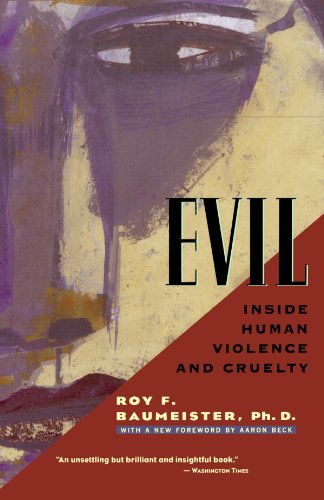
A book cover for Evil: Inside Human Violence and Cruelty; Roy F. Baumeister; Politics & Social Sciences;